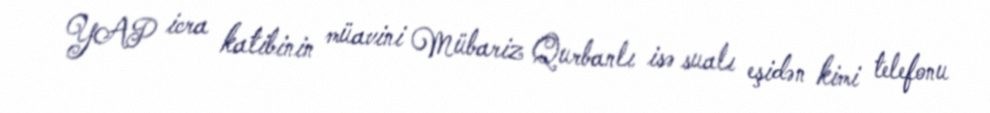
YAP icra katibinin müavini Mübariz Qurbanlı isə sualı eşidən kimi telefonu